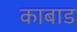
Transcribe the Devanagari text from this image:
काबाड